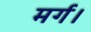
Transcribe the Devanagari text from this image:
मर्ग।